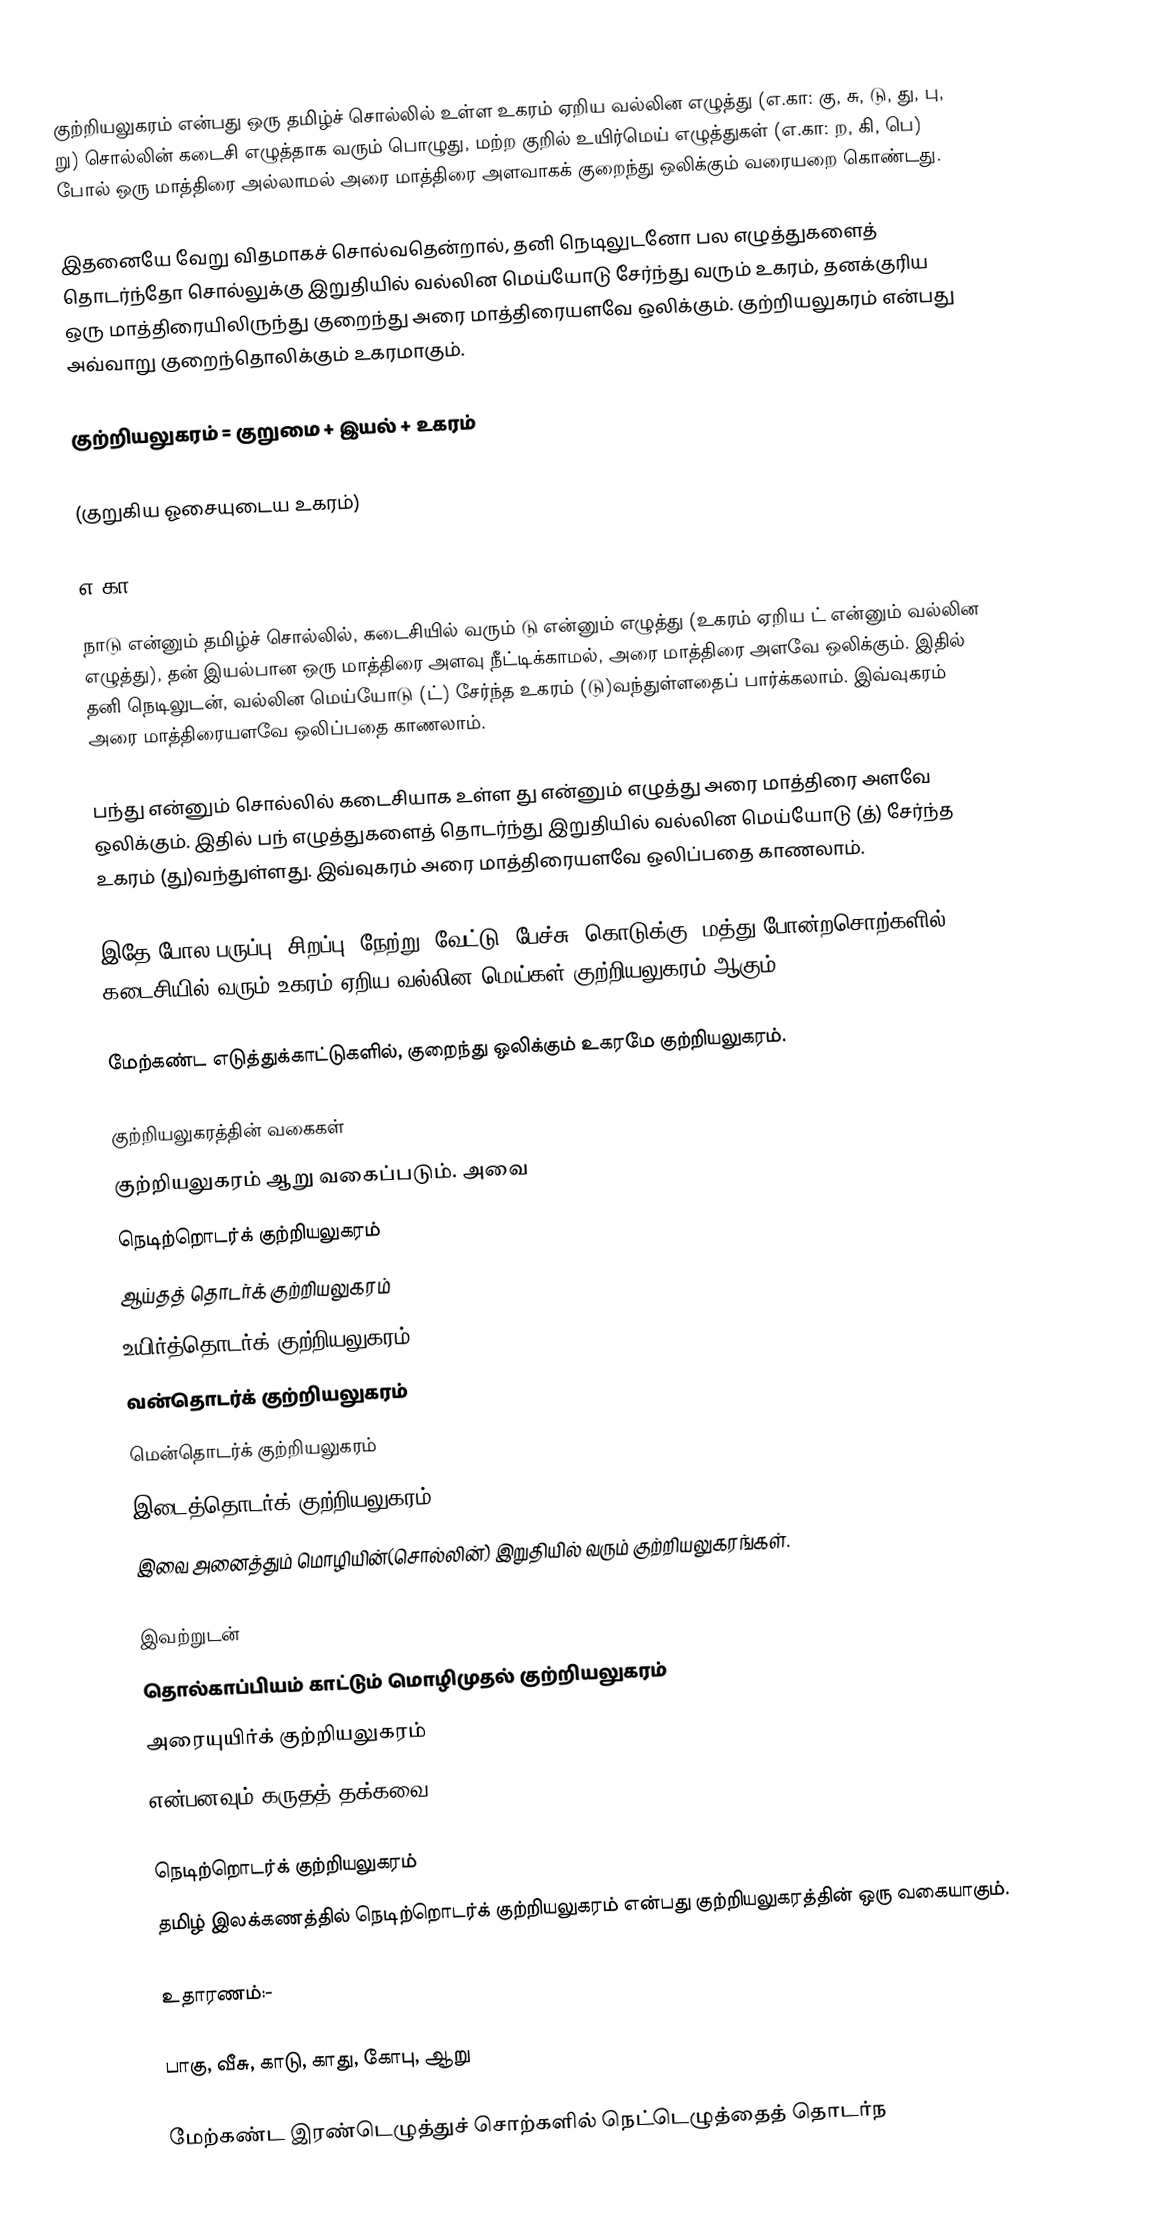
குற்றியலுகரம் என்பது ஒரு தமிழ்ச் சொல்லில் உள்ள உகரம் ஏறிய வல்லின எழுத்து (எ.கா: கு, சு, டு, து, பு, று) சொல்லின் கடைசி எழுத்தாக வரும் பொழுது, மற்ற குறில் உயிர்மெய் எழுத்துகள் (எ.கா:  ற, கி, பெ) போல் ஒரு மாத்திரை அல்லாமல் அரை மாத்திரை அளவாகக் குறைந்து ஒலிக்கும் வரையறை கொண்டது.

இதனையே வேறு விதமாகச் சொல்வதென்றால், தனி நெடிலுடனோ பல எழுத்துகளைத் தொடர்ந்தோ சொல்லுக்கு இறுதியில் வல்லின மெய்யோடு சேர்ந்து வரும் உகரம், தனக்குரிய ஒரு மாத்திரையிலிருந்து குறைந்து அரை மாத்திரையளவே ஒலிக்கும். குற்றியலுகரம் என்பது அவ்வாறு குறைந்தொலிக்கும் உகரமாகும்.

குற்றியலுகரம் = குறுமை + இயல் + உகரம்

(குறுகிய ஓசையுடைய உகரம்)

எ.கா:

நாடு என்னும் தமிழ்ச் சொல்லில், கடைசியில் வரும் டு என்னும் எழுத்து (உகரம் ஏறிய ட் என்னும் வல்லின எழுத்து), தன் இயல்பான ஒரு மாத்திரை அளவு நீட்டிக்காமல், அரை மாத்திரை அளவே ஒலிக்கும். இதில் தனி நெடிலுடன், வல்லின மெய்யோடு (ட்) சேர்ந்த உகரம் (டு)வந்துள்ளதைப் பார்க்கலாம். இவ்வுகரம் அரை மாத்திரையளவே ஒலிப்பதை காணலாம்.

பந்து என்னும் சொல்லில் கடைசியாக உள்ள து என்னும் எழுத்து அரை மாத்திரை அளவே ஒலிக்கும். இதில் பந் எழுத்துகளைத் தொடர்ந்து இறுதியில் வல்லின மெய்யோடு (த்) சேர்ந்த உகரம் (து)வந்துள்ளது. இவ்வுகரம் அரை மாத்திரையளவே ஒலிப்பதை காணலாம்.

இதே போல பருப்பு, சிறப்பு, நேற்று, வேட்டு, பேச்சு, கொடுக்கு, மத்து போன்றசொற்களில் கடைசியில் வரும் உகரம் ஏறிய வல்லின மெய்கள் குற்றியலுகரம் ஆகும்.

மேற்கண்ட எடுத்துக்காட்டுகளில், குறைந்து ஒலிக்கும் உகரமே குற்றியலுகரம்.

குற்றியலுகரத்தின் வகைகள்
குற்றியலுகரம் ஆறு வகைப்படும். அவை
 நெடிற்றொடர்க் குற்றியலுகரம்
 ஆய்தத் தொடர்க் குற்றியலுகரம்
 உயிர்த்தொடர்க் குற்றியலுகரம்
 வன்தாெடர்க் குற்றியலுகரம்
 மென்தாெடர்க் குற்றியலுகரம்
 இடைத்தொடர்க் குற்றியலுகரம்
இவை அனைத்தும் மொழியின்(சொல்லின்) இறுதியில் வரும் குற்றியலுகரங்கள்.

இவற்றுடன்
 தொல்காப்பியம் காட்டும் மொழிமுதல் குற்றியலுகரம்
 அரையுயிர்க் குற்றியலுகரம்
என்பனவும் கருதத் தக்கவை.

நெடிற்றொடர்க் குற்றியலுகரம்
தமிழ் இலக்கணத்தில் நெடிற்றொடர்க் குற்றியலுகரம் என்பது குற்றியலுகரத்தின் ஒரு வகையாகும்.

உதாரணம்:-

பாகு, வீசு, காடு, காது, கோபு, ஆறு

மேற்கண்ட இரண்டெழுத்துச் சொற்களில் நெட்டெழுத்தைத் தொடர்ந